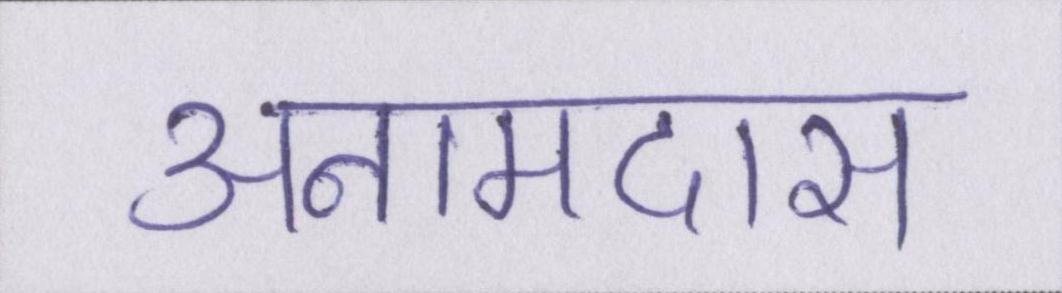
अनामदास